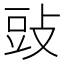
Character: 䜴